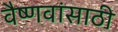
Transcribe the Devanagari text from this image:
वैष्णवांसाठी